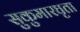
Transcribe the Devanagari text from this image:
सुकुमारघृता